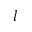
l